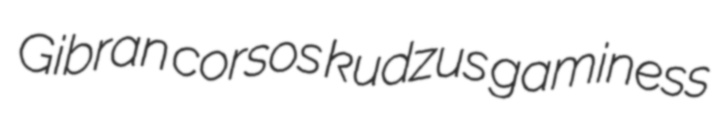
Gibran corsos kudzus gaminess